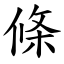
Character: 條